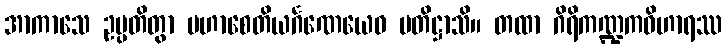
အာကာသေ ဥပ္ပတိတွာ မဟာစေတိယင်္ဂဏေယေဝ ပတိဋ္ဌာသိ။ တထာ ဂိရိကဏ္ဍကဝိဟာရဿ